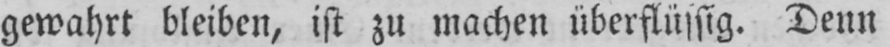
gewahrt bleiben, ist zu machen überflüssig. Denn